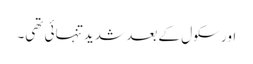
اور سکول کے بعد شدید تنہائی تھی۔